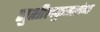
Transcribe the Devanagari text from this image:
सुशीलकुमारांना